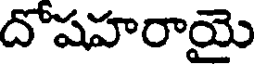
దోషహరాయై